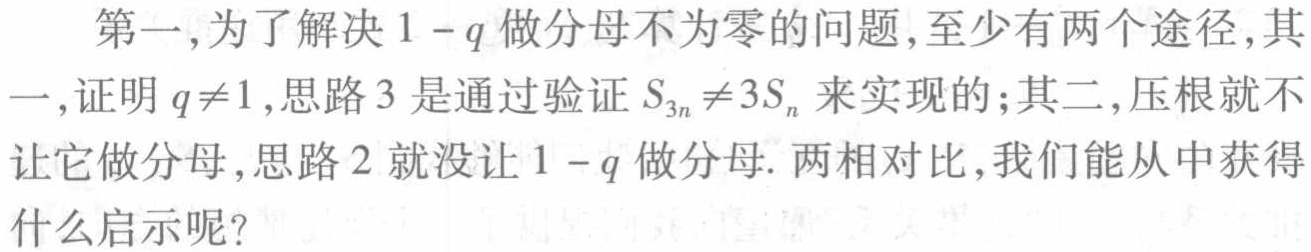
第一，为了解决\(1 - q\)做分母不为零的问题，至少有两个途径，其一，证明\(q\neq1\)，思路3是通过验证\(S_{3n}\neq3S_{n}\)来实现的；其二，压根就不让它做分母，思路2就没让\(1 - q\)做分母. 两相对比，我们能从中获得什么启示呢？